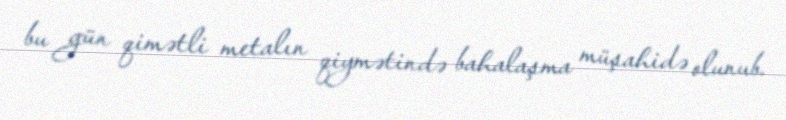
bu gün qimətli metalın qiymətində bahalaşma müşahidə olunub.